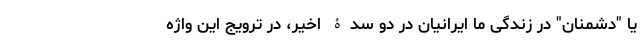
یا "دشمنان" در زندگی ما ایرانیان در دو سدۀ اخیر، در ترویج این واژه